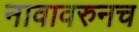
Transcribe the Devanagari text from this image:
नावावरुनच